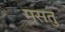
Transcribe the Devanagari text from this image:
मसतु